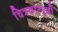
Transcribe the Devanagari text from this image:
चित्रकारपुल्ली